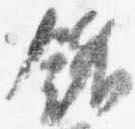
銘